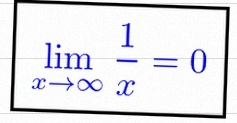
\lim_{x\to\infty}\frac{1}{x}=0